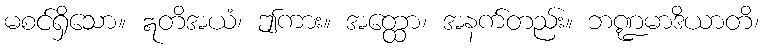
မစင်ရှိသော။ ဣတိအယံ၊ ဤကား။ အတ္ထော၊ အနက်တည်း။ ဘဏ္ဍမာဒိယာတိ၊